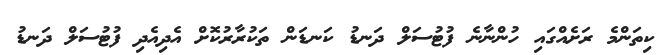
ކިތަންމެ ރަށެއްގައި ހުންނާނެ ފުޓުސަލް ދަނޑު ކަނޑަން ތަކުރާރުކޮށް އެދިއެދި ފުޓުސަލް ދަނޑު